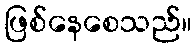
ဖြစ်နေစေသည်။